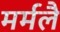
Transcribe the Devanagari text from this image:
मर्मलै